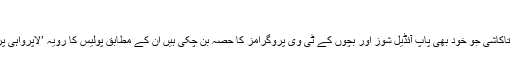
‘
ان کی وکیل تاکاشی جو خود بھی پاپ آئڈیل شوز اور بچوں کے ٹی وی پروگرامز کا حصہ بن چکی ہیں ان کے مطابق پولیس کا رویہ ’لاپرواہی پر مبنی‘ ہے۔